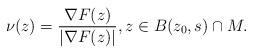
LaTeX: \begin{align*}\nu(z) = \frac{\nabla F(z)}{|\nabla F(z)|}, z \in B(z_0,s) \cap M .\end{align*}